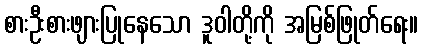
စားဦးစားဖျားပြုနေသော ဒူဝါတို့ကို အမြစ်ဖြုတ်ရေး။